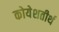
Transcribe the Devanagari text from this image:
कोयेशतीर्थ